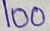
Text: 100